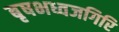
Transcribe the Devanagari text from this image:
बृषभध्वजगिरि